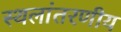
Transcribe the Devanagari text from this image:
स्थलांतरणीय